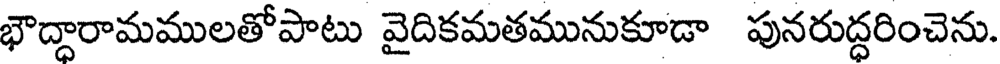
భౌద్దారామములతోపాటు వైదికమతమునుకూడా పునరుద్ధరించెను.